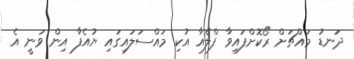
ދަނޑު މައްޗަށް ރޯކޮށްފައިވާ ފްލެއާ އުކި މައްސަލައިގައި ޔުއެފާ އިން ވަނީ އެ